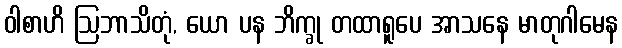
ဝါစာဟိ ဩဘာသိတုံ, ယော ပန ဘိက္ခု တထာရူပေ အာသနေ မာတုဂါမေန